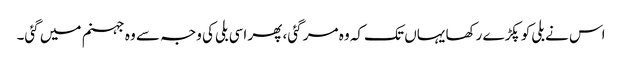
اس نے بلی کو پکڑے رکھا یہاں تک کہ وہ مر گئی، پھر اسی بلی کی وجہ سے وہ جہنم میں گئی۔